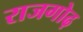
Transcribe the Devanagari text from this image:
राजगोढ़